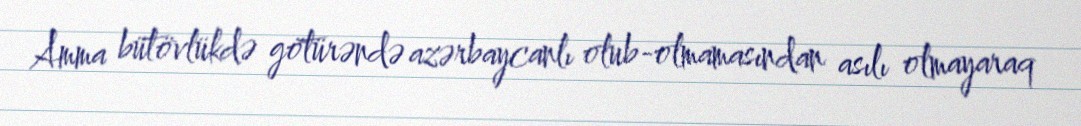
Amma bütövlükdə götürəndə azərbaycanlı olub-olmamasından asılı olmayaraq